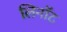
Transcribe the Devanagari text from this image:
लिनॉट